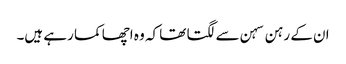
ان کے رہن سہن سے لگتا تھا کہ وہ اچھا کما رہے ہیں۔